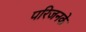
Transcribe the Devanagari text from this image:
परिजनके